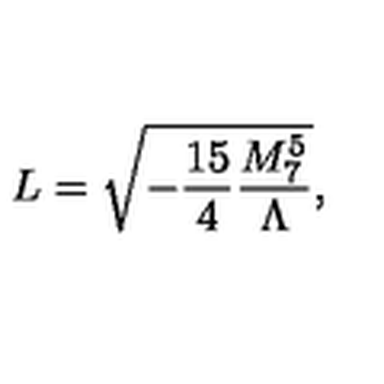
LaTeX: L = \sqrt { - \frac { 1 5 } { 4 } \frac { M _ { 7 } ^ { 5 } } { \Lambda } } ,